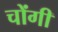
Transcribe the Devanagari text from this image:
चोंगी